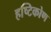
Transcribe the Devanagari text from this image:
हष्टिकोण